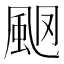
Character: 𩖩